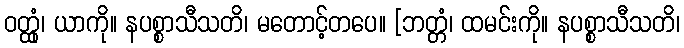
ဝတ္ထုံ၊ ယာကို။ နပစ္စာသီသတိ၊ မတောင့်တပေ။ [ဘတ္တံ၊ ထမင်းကို။ နပစ္စာသီသတိ၊